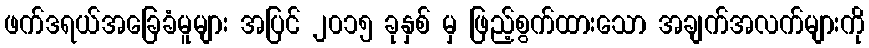
ဖက်ဒရယ်အခြေခံမူများ အပြင် ၂၀၁၅ ခုနှစ် မှ ဖြည့်စွက်ထားသော အချက်အလက်များကို